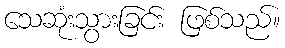
သေဆုံးသွားခြင်း ဖြစ်သည်။